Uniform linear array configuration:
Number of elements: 32
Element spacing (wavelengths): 0.75
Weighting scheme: cosine
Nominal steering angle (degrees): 15
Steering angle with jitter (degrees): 14.341
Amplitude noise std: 0.05
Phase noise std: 0.05

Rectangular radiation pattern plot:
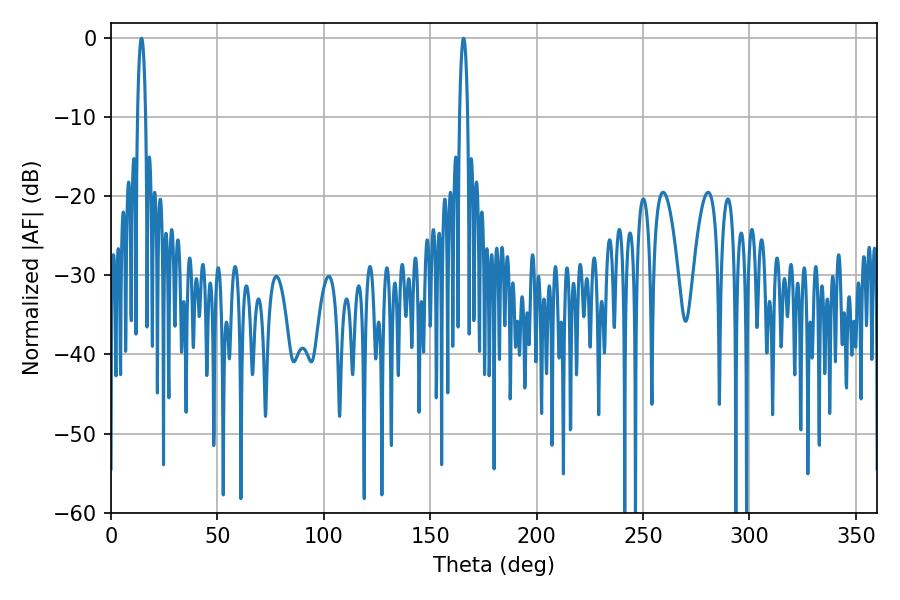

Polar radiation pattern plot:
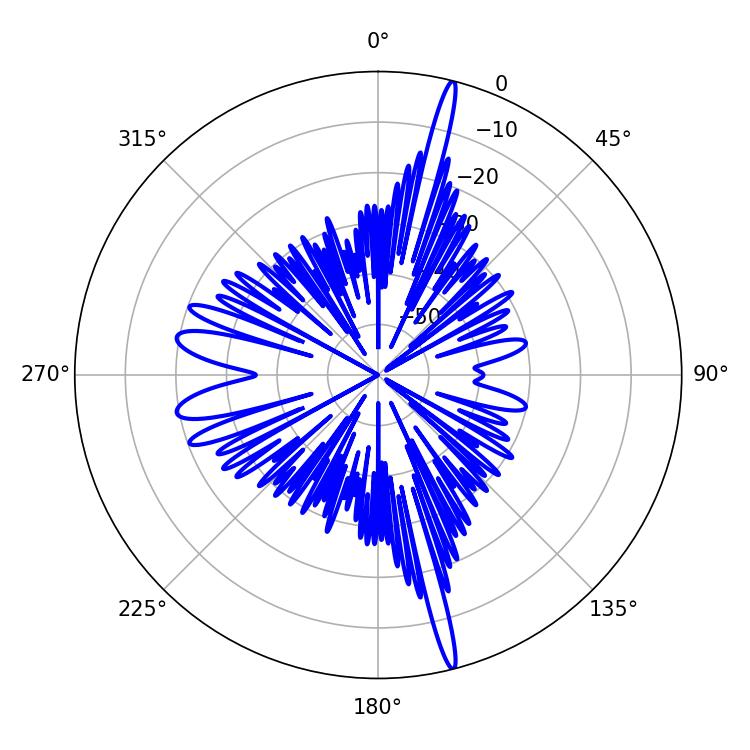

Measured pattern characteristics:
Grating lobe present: TRUE
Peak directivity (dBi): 20.649
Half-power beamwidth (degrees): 1.98
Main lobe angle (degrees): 14.4